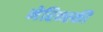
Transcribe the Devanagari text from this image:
मेरिन्स्की